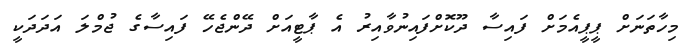
މިހާތަނަށް ޕީޕީއެމަށް ފައިސާ ދޫކޮށްފައިނުވާއިރު އެ ޕާޓީއަށް ދޭންޖެހޭ ފައިސާގެ ޖުމްލަ އަދަދަކީ